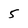
Character: 5